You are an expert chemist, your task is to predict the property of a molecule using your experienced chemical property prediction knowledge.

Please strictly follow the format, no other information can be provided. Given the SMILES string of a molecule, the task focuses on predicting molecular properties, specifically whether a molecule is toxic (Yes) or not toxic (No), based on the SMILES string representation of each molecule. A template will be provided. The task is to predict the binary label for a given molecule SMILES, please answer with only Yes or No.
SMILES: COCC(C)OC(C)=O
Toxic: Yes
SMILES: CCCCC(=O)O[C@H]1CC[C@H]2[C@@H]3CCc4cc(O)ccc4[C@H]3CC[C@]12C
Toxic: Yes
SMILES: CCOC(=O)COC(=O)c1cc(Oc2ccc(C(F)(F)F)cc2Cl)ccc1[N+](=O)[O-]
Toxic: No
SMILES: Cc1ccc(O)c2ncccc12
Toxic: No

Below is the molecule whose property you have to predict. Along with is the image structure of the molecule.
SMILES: OCCN(CCO)c1nc(N2CCCCC2)c2nc(N(CCO)CCO)nc(N3CCCCC3)c2n1
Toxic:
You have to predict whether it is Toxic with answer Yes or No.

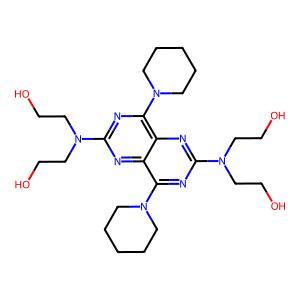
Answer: No